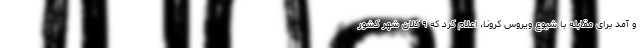
و آمد برای مقابله با شیوع ویروس کرونا، اعلام کرد که ٩ کلان شهر کشور